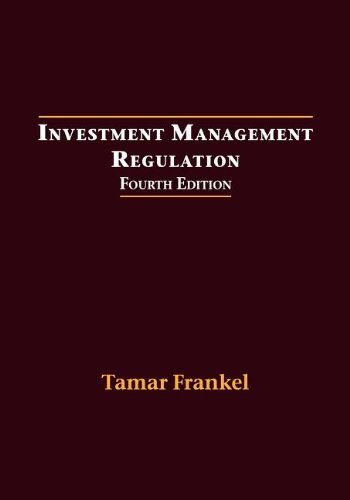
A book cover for Investment Management Regulation, Fourth Edition; Tamar Frankel; Business & Money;